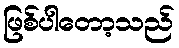
ဖြစ်ပါတော့သည်